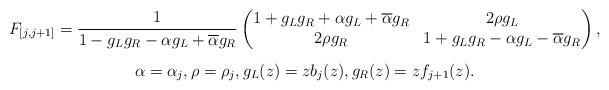
LaTeX: \begin{align*}\begin{gathered} F_{[j,j+1]} = \frac{1}{1 - g_L g_R - \alpha g_L + \overline\alpha g_R} \begin{pmatrix} 1 + g_L g_R + \alpha g_L + \overline\alpha g_R & 2\rho g_L\\2\rho g_R & 1 + g_L g_R - \alpha g_L - \overline\alpha g_R \end{pmatrix}, \\ \noalign{\vskip5pt} \alpha=\alpha_j, \rho=\rho_j, g_L(z)=zb_j(z), g_R(z)=zf_{j+1}(z).\end{gathered}\end{align*}